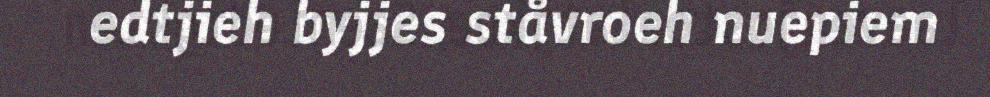
edtjieh byjjes ståvroeh nuepiem